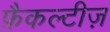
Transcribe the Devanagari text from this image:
फ़ैकल्टीज़